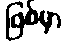
ဖြစ်မှာ